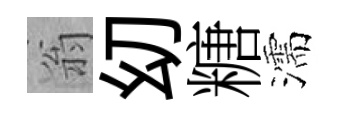
翁㓜糖濡